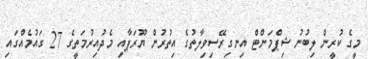
މީގެ ކުރީން ލިބުނު ޝިޕްމަންޓް އިނގިރޭސިވިލާތުގެ އިތުރުން ޔޫރަޕާއި މެދުއިރުމަތީގެ 27 ގައުމެއްގައި